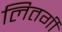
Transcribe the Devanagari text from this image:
लितर्गी